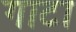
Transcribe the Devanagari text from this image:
गाटा